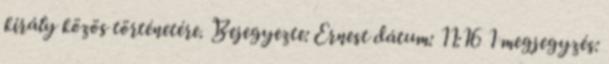
király közös történetére. Bejegyezte: Ernest dátum: 11:16 1 megjegyzés: